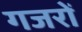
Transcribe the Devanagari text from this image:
गजरों